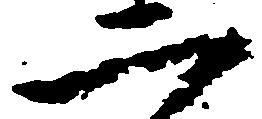
二